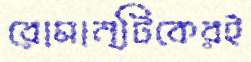
রোমান্টিকেরই